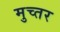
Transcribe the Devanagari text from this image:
मुच्तर